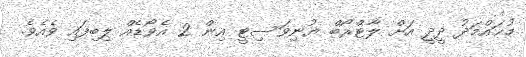
މުޙައްމަދު ދީދީ އަށް ލާޓްރޯބް ޔުނިވަސިޓީ އިން 2 އެވޯޑެއް ލިބިފައި ވެއެވެ.